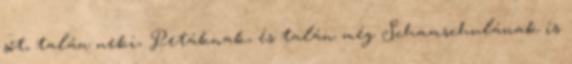
sőt, talán neki, Petáknak, és talán még Scham­schulának is